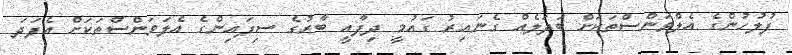
ފުލުހުންގެ އެލްވަންސްތަކަށް ބަދަލެއް ގެނައިރު ގައުމީ ދިފާއީ ބާރުގެ ސިފައިންގެ އެލަވަންސްތަކަށް އެފަދަ